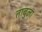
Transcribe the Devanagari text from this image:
ताबुला